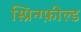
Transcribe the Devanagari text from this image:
स्प्रिन्ग्फ़ील्ड